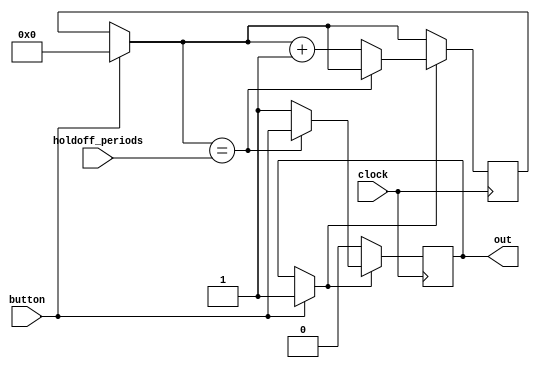
module button_debouncer(clock,
                        button,
                        holdoff_periods,
                        out);
input clock;
input button;
input [23:0] holdoff_periods;


output out;

reg [23:0] time_count = 0;
reg out = 0;

always @(posedge clock) begin

    if (button) begin
        out = 1;
        time_count = 0; // resets the monostable
    end

    if (out) begin
        if (time_count == holdoff_periods) begin           
            //out = 0;
            out = button; //fail safer
        end else begin
            time_count = time_count + 1;
        end    
    end
    
end
    
endmodule